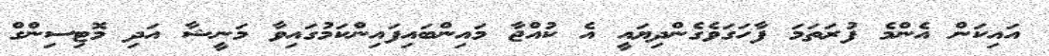
އައިކަން އެންމެ ފުރަތަމަ ފާހަގަވެގެންދިޔައީ އެ ކުއްޖާ މައިންބައިފައިންކަމުގައިވާ މަނީޝާ އަދި މޮޓިސިންގް